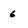
Character: 6